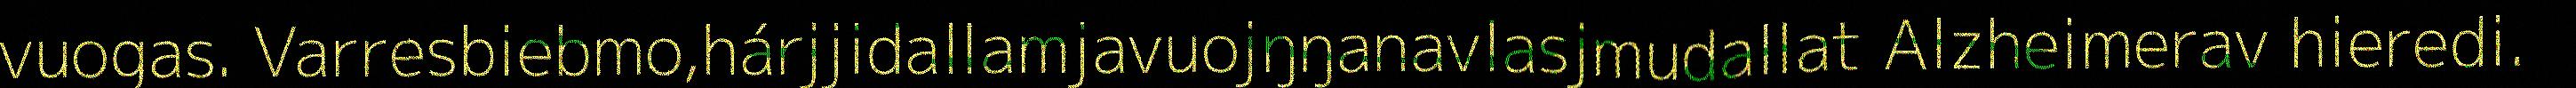
vuogas. Varresbiebmo,hárjjidallamjavuojŋŋanavlasjmudallat Alzheimerav hieredi.